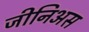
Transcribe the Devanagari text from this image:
जीनिअस